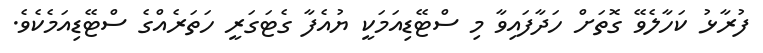
ފުރާޅު ކަހާލެވޭ ގޮތަށް ހަދާފައިވާ މި ސްޓޭޑިއަމަކީ ޔުއެފާ ގެޓަގަރީ ހަތަރެއްގެ ސްޓޭޑިއަމެކެވެ.